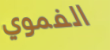
الفموي